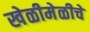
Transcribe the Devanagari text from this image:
खेळीमेळीचे